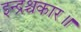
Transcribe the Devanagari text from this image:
इन्द्रश्चकार॥